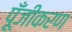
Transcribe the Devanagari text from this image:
पूँजीकरण